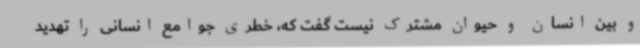
و بین انسان و حیوان مشترک نیست گفت که، خطری جوامع انسانی را تهدید